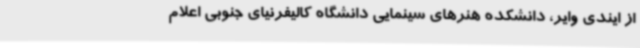
از ایندی وایر، دانشکده هنرهای سینمایی دانشگاه کالیفرنیای جنوبی اعلام